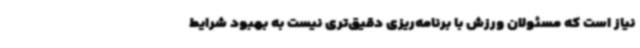
نیاز است که مسئولان ورزش با برنامه‌ریزی دقیق‌تری نیست به بهبود شرایط